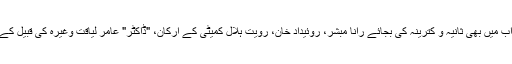
حد تو یہ ہے کہ خواب میں بھی ثانیہ و کترینہ کی بجائے رانا مبشر، روئیداد خان، رویت ہلال کمیٹی کے ارکان، "ڈاکٹر" عامر لیاقت وغیرہ کی قبیل کے لوگ آنے لگے ہیں۔